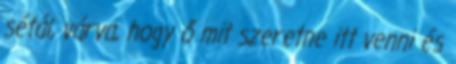
sétál, várva, hogy ő mit szeretne itt venni és